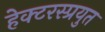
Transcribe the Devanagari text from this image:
हेक्टरस्प्रयुत